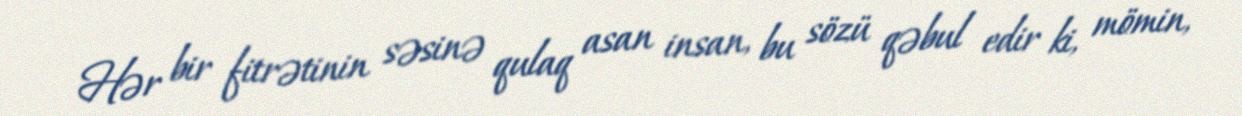
Hər bir fitrətinin səsinə qulaq asan insan, bu sözü qəbul edir ki, mömin,